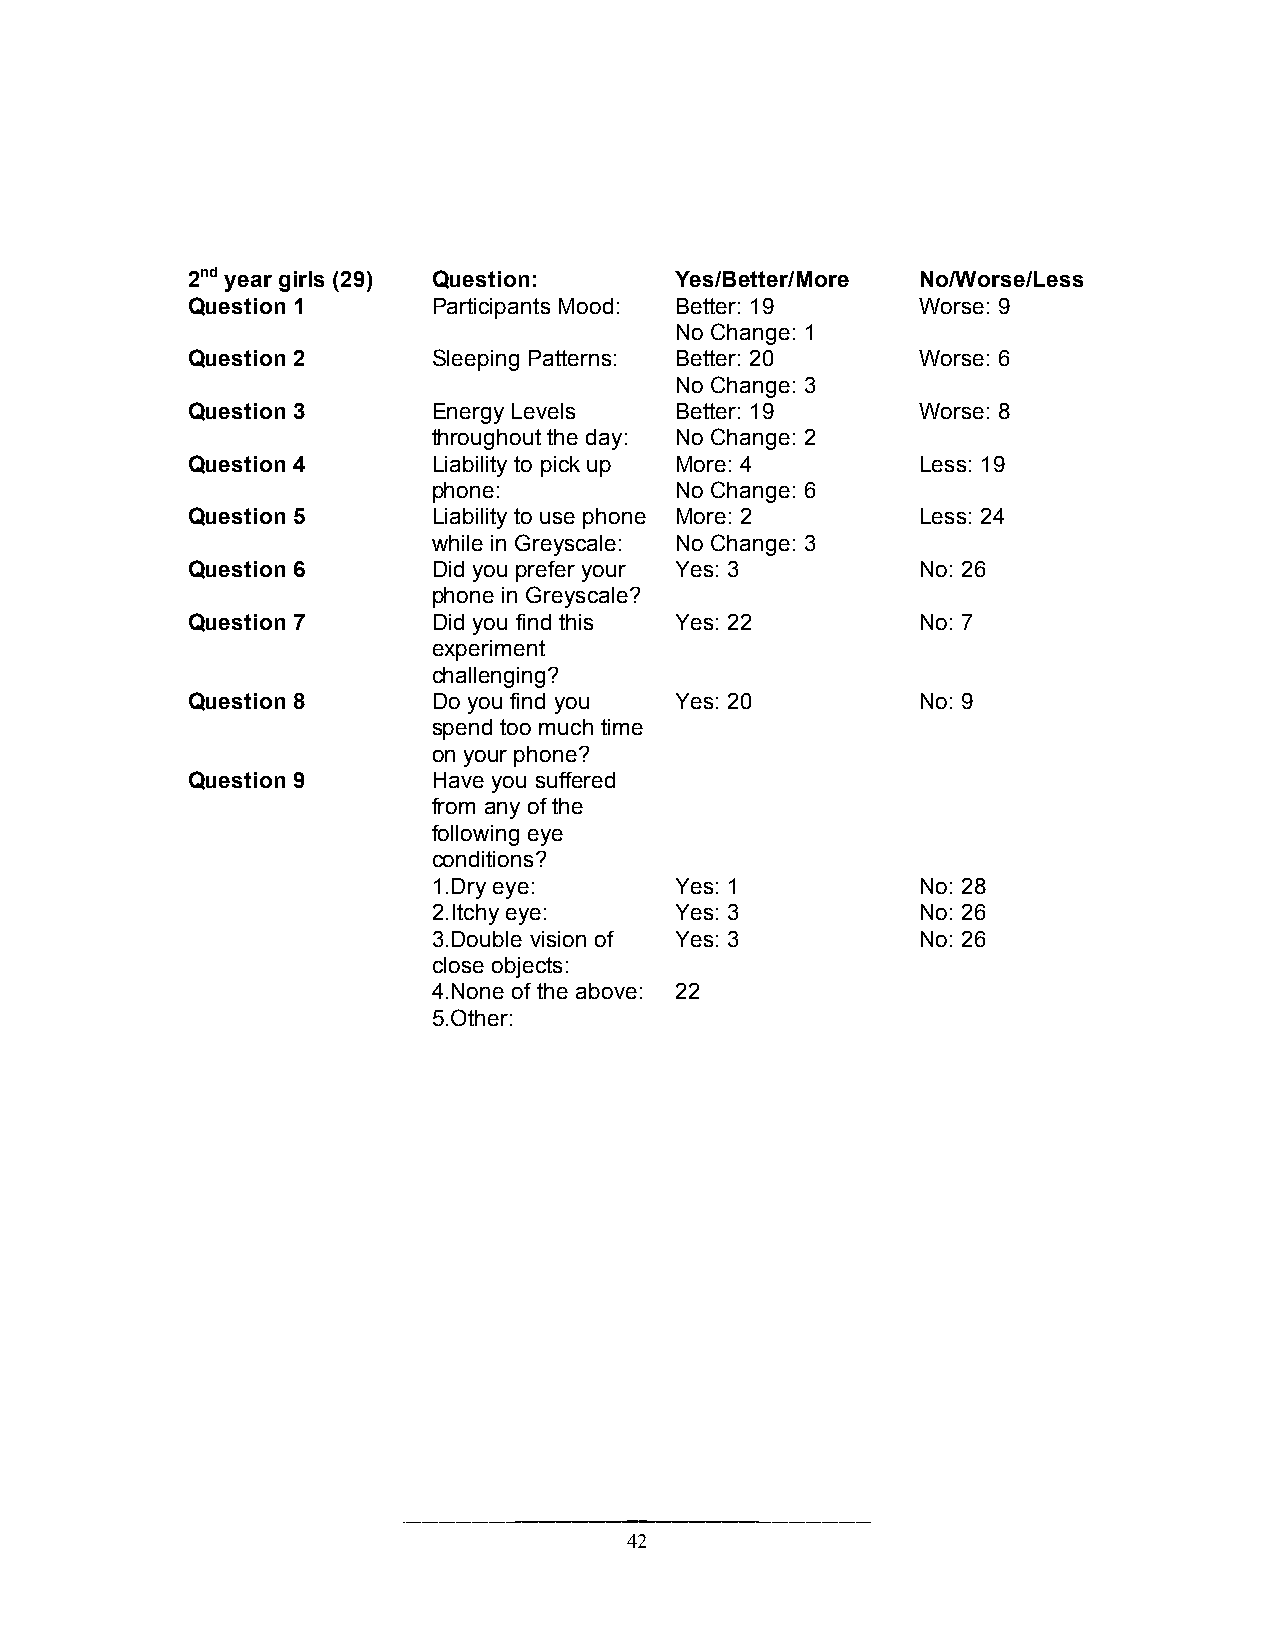
2nd year girls (29) Question:    Yes/Better/More No/Worse/Less
 Question 1       Participants Mood: Better: 19   Worse: 9
 No Change: 1
 Question 2       Sleeping Patterns: Better: 20   Worse: 6
 No Change: 3
 Question 3       Energy Levels   Better: 19      Worse: 8
 throughout the day: No Change: 2
 Question 4       Liability to pick up More: 4    Less: 19
 phone:          No Change: 6
 Question 5       Liability to use phone More: 2  Less: 24
 while in Greyscale: No Change: 3
 Question 6       Did you prefer your Yes: 3      No: 26
 phone in Greyscale?
 Question 7       Did you find this Yes: 22       No: 7
 experiment
 challenging?
 Question 8       Do you find you Yes: 20         No: 9
 spend too much time
 on your phone?
 Question 9       Have you suffered
 from any of the
 following eye
 conditions?
 1.Dry eye:      Yes: 1          No: 28
 2.Itchy eye:    Yes: 3          No: 26
 3.Double vision of Yes: 3       No: 26
 close objects:
 4.None of the above: 22
 5.Other:
 42